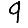
Digit: 9